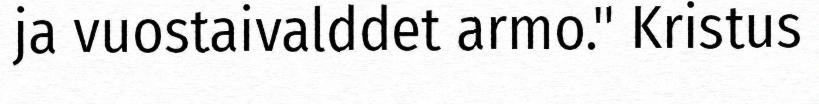
ja vuostaivalddet armo." Kristus